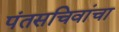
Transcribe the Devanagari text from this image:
पंतसचिवांचा